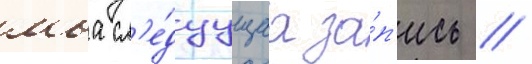
моа сл'е́дуущаа за́п'ись /